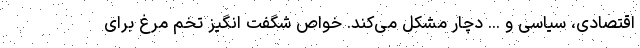
اقتصادی، سیاسی و ... دچار مشکل می‌کند. خواص شگفت انگیز تخم مرغ برای